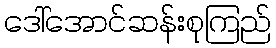
ဒေါ်အောင်ဆန်းစုကြည်